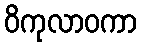
ဝိကုလာဝကာ